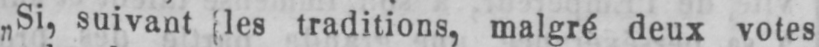
„Si, suivant les traditions, malgré deux votes